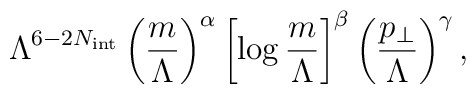
\Lambda^{6-2N_{\mathrm{int}}}\left(\frac{m}{\Lambda}\right)^{\alpha}\left[\log\frac{m}{\Lambda}\right]^{\beta}\left(\frac{p_{\bot}}{\Lambda}\right)^{\gamma},